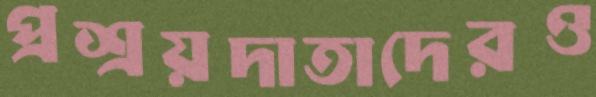
প্রশ্রয়দাতাদেরও